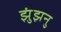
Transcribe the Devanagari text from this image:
झुंझनु